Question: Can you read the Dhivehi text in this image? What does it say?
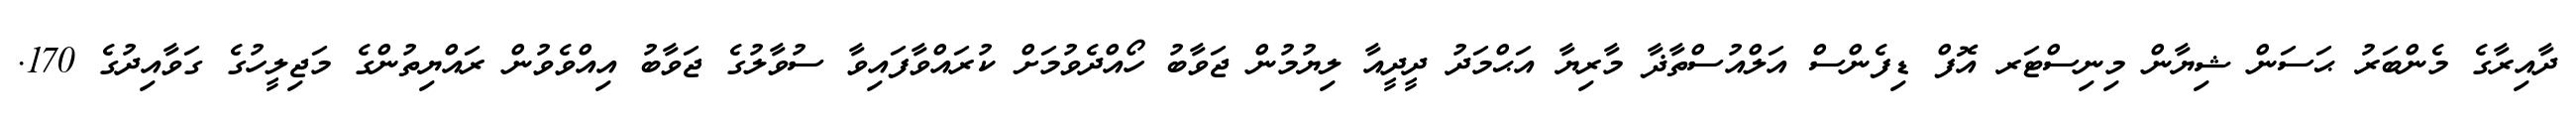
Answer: ދާއިރާގެ މެންބަރު ޙަސަން ޝިޔާން މިނިސްޓަރ އޮފް ޑިފެންސް އަލްއުސްތާޛާ މާރިޔާ އަޙްމަދު ދީދީއާ ލިޔުމުން ޖަވާބު ހޯއްދެވުމަށް ކުރައްވާފައިވާ ސުވާލުގެ ޖަވާބު އިއްވެވުން ރައްޔިތުންގެ މަޖިލީހުގެ ގަވާއިދުގެ 170.